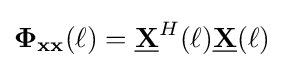
\mathbf {\Phi } _{\mathbf {xx} }(\ell )={\underline {\mathbf {X} }}^{H}(\ell ){\underline {\mathbf {X} }}(\ell )